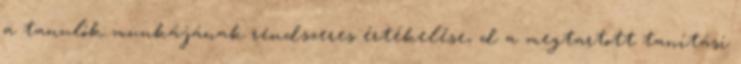
a tanulók munkájának rendszeres értékelése, d a megtartott tanítási